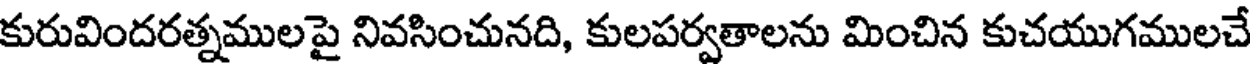
కురువిందరత్నములపై నివసించునది, కులపర్వతాలను మించిన కుచయుగములచే